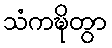
သံကဍ္ဎိတွာ